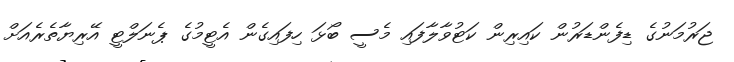
ޖަރުމަނުގެ ޑިފެންޑަރުން ކައިރިން ކަޓުވާލާފައި މެސީ ބޯޅަ ހިފައިގެން އެޓީމުގެ ޕެނަލްޓީ އޭރިޔާތެރެއަށް